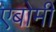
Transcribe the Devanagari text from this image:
एबोमी